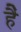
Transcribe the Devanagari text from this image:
है॓